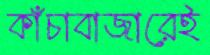
কাঁচাবাজারেই